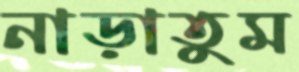
নাড়াতুম